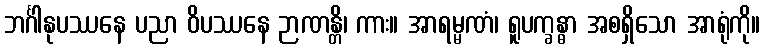
ဘင်္ဂါနုပဿနေ ပညာ ဝိပဿနေ ဉာဏန္တိ၊ ကား။ အာရမ္မဏံ၊ ရူပက္ခန္ဓာ အစရှိသော အာရုံကို။